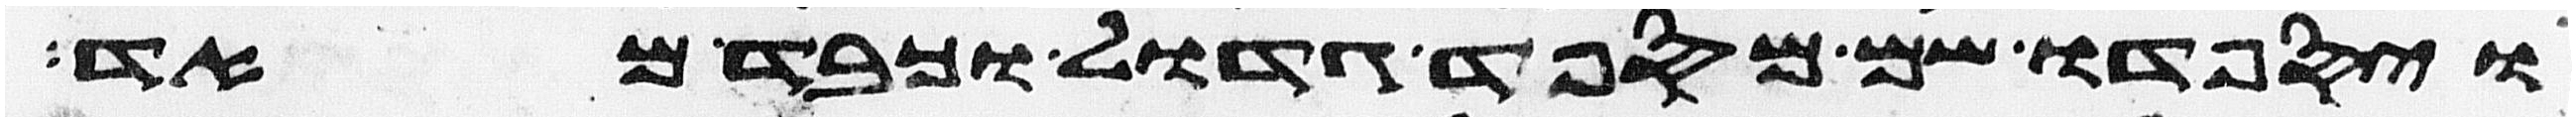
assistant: ויספדו שם מספד גדול וכבד מאד